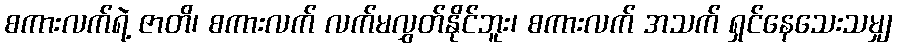
စကားလက်ရဲ့ ဇာတိ၊ စကားလက် လက်မလွှတ်နိုင်ဘူး၊ စကားလက် အသက် ရှင်နေသေးသမျှ